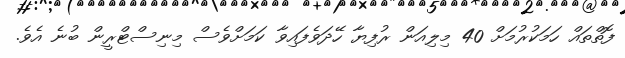
ފޮތްތައް ހަމަކުރުމަށް 40 މިލިއަން ރުފިޔާ ހޭދަވެފައިވާ ކަމަށްވެސް މިނިސްޓްރީން ބުނެ އެވެ.